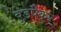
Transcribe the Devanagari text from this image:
वुडपैकर